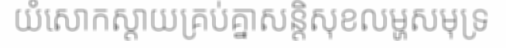
យំសោកស្តាយគ្រប់គ្នាសន្តិសុខលម្ហសមុទ្រ